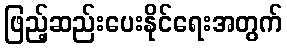
ဖြည့်ဆည်းပေးနိုင်ရေးအတွက်